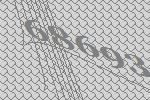
68693